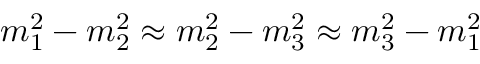
m _ { 1 } ^ { 2 } - m _ { 2 } ^ { 2 } \approx m _ { 2 } ^ { 2 } - m _ { 3 } ^ { 2 } \approx m _ { 3 } ^ { 2 } - m _ { 1 } ^ { 2 }